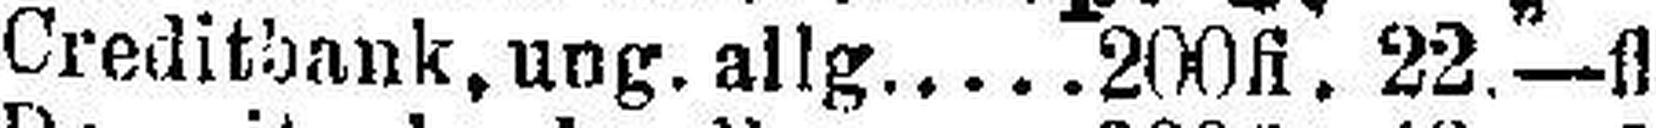
Creditbank, ung. allg.200fl. 22—fl.